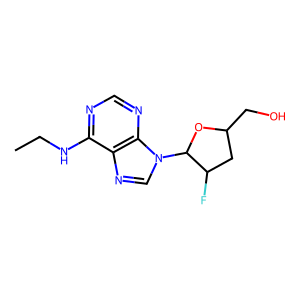
SMILES: CCNc1ncnc2c1ncn2C1OC(CO)CC1F
Inhibits HIV replication: No